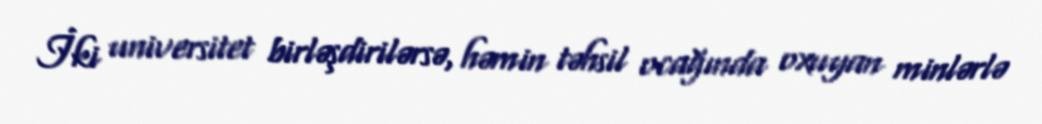
İki universitet birləşdirilərsə, həmin təhsil ocağında oxuyan minlərlə